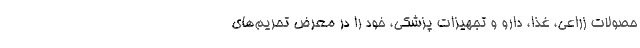
حصولات زراعی، غذا، دارو و تجهیزات پزشکی، خود را در معرض تحریم‌های